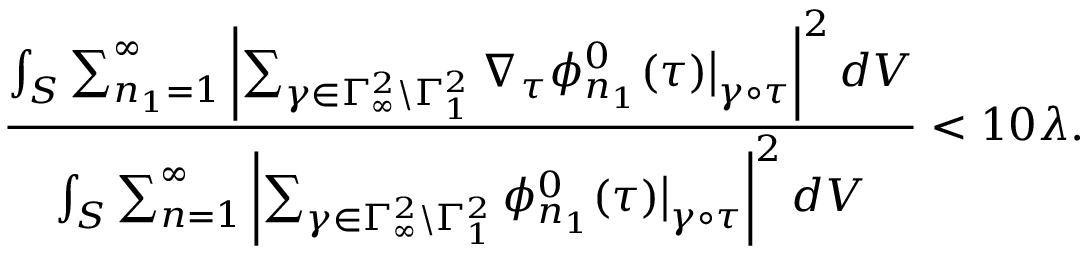
\frac { \int _ { S } \sum _ { n _ { 1 } = 1 } ^ { \infty } \left| \sum _ { \gamma \in \Gamma _ { \infty } ^ { 2 } \backslash \Gamma _ { 1 } ^ { 2 } } \nabla _ { \tau } \phi _ { n _ { 1 } } ^ { 0 } ( \tau ) \big | _ { \gamma \circ \tau } \right| ^ { 2 } d V } { \int _ { S } \sum _ { n = 1 } ^ { \infty } \left| \sum _ { \gamma \in \Gamma _ { \infty } ^ { 2 } \backslash \Gamma _ { 1 } ^ { 2 } } \phi _ { n _ { 1 } } ^ { 0 } ( \tau ) \big | _ { \gamma \circ \tau } \right| ^ { 2 } d V } < 1 0 \lambda .